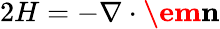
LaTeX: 2H=-\nabla\cdot\textbf{\em n}